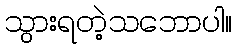
သွားရတဲ့သဘောပါ။